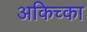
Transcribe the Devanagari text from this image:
अकिच्का